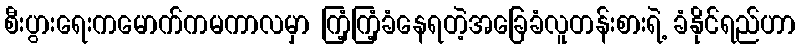
စီးပွားရေးကမောက်ကမကာလမှာ ကြံ့ကြံ့ခံနေရတဲ့အခြေခံလူတန်းစားရဲ့ ခံနိုင်ရည်ဟာ